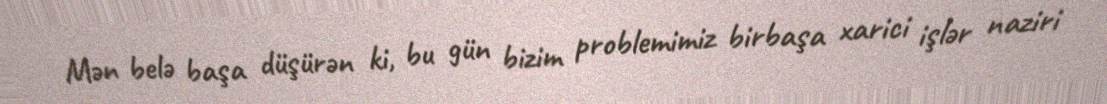
Mən belə başa düşürən ki, bu gün bizim problemimiz birbaşa xarici işlər naziri